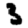
Digit: 3